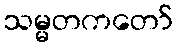
သမ္မတကတော်